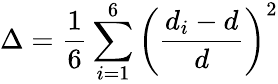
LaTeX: \Delta=\frac{1}{6}\sum_{i=1}^{6}\left(\frac{d_{i}-d}{d}\right)^{2}